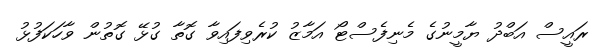
ރައީސް އަބްދު ޔާމީނުގެ މެނިފެސްޓޯ އަމާޒު ކުރެވިފައިވާ ގޮތާ ގުޅޭ ގޮތުން ވާހަކަފުޅު